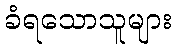
ခံရသောသူများ